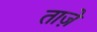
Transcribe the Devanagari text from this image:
ताज़ें